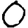
Digit: 0